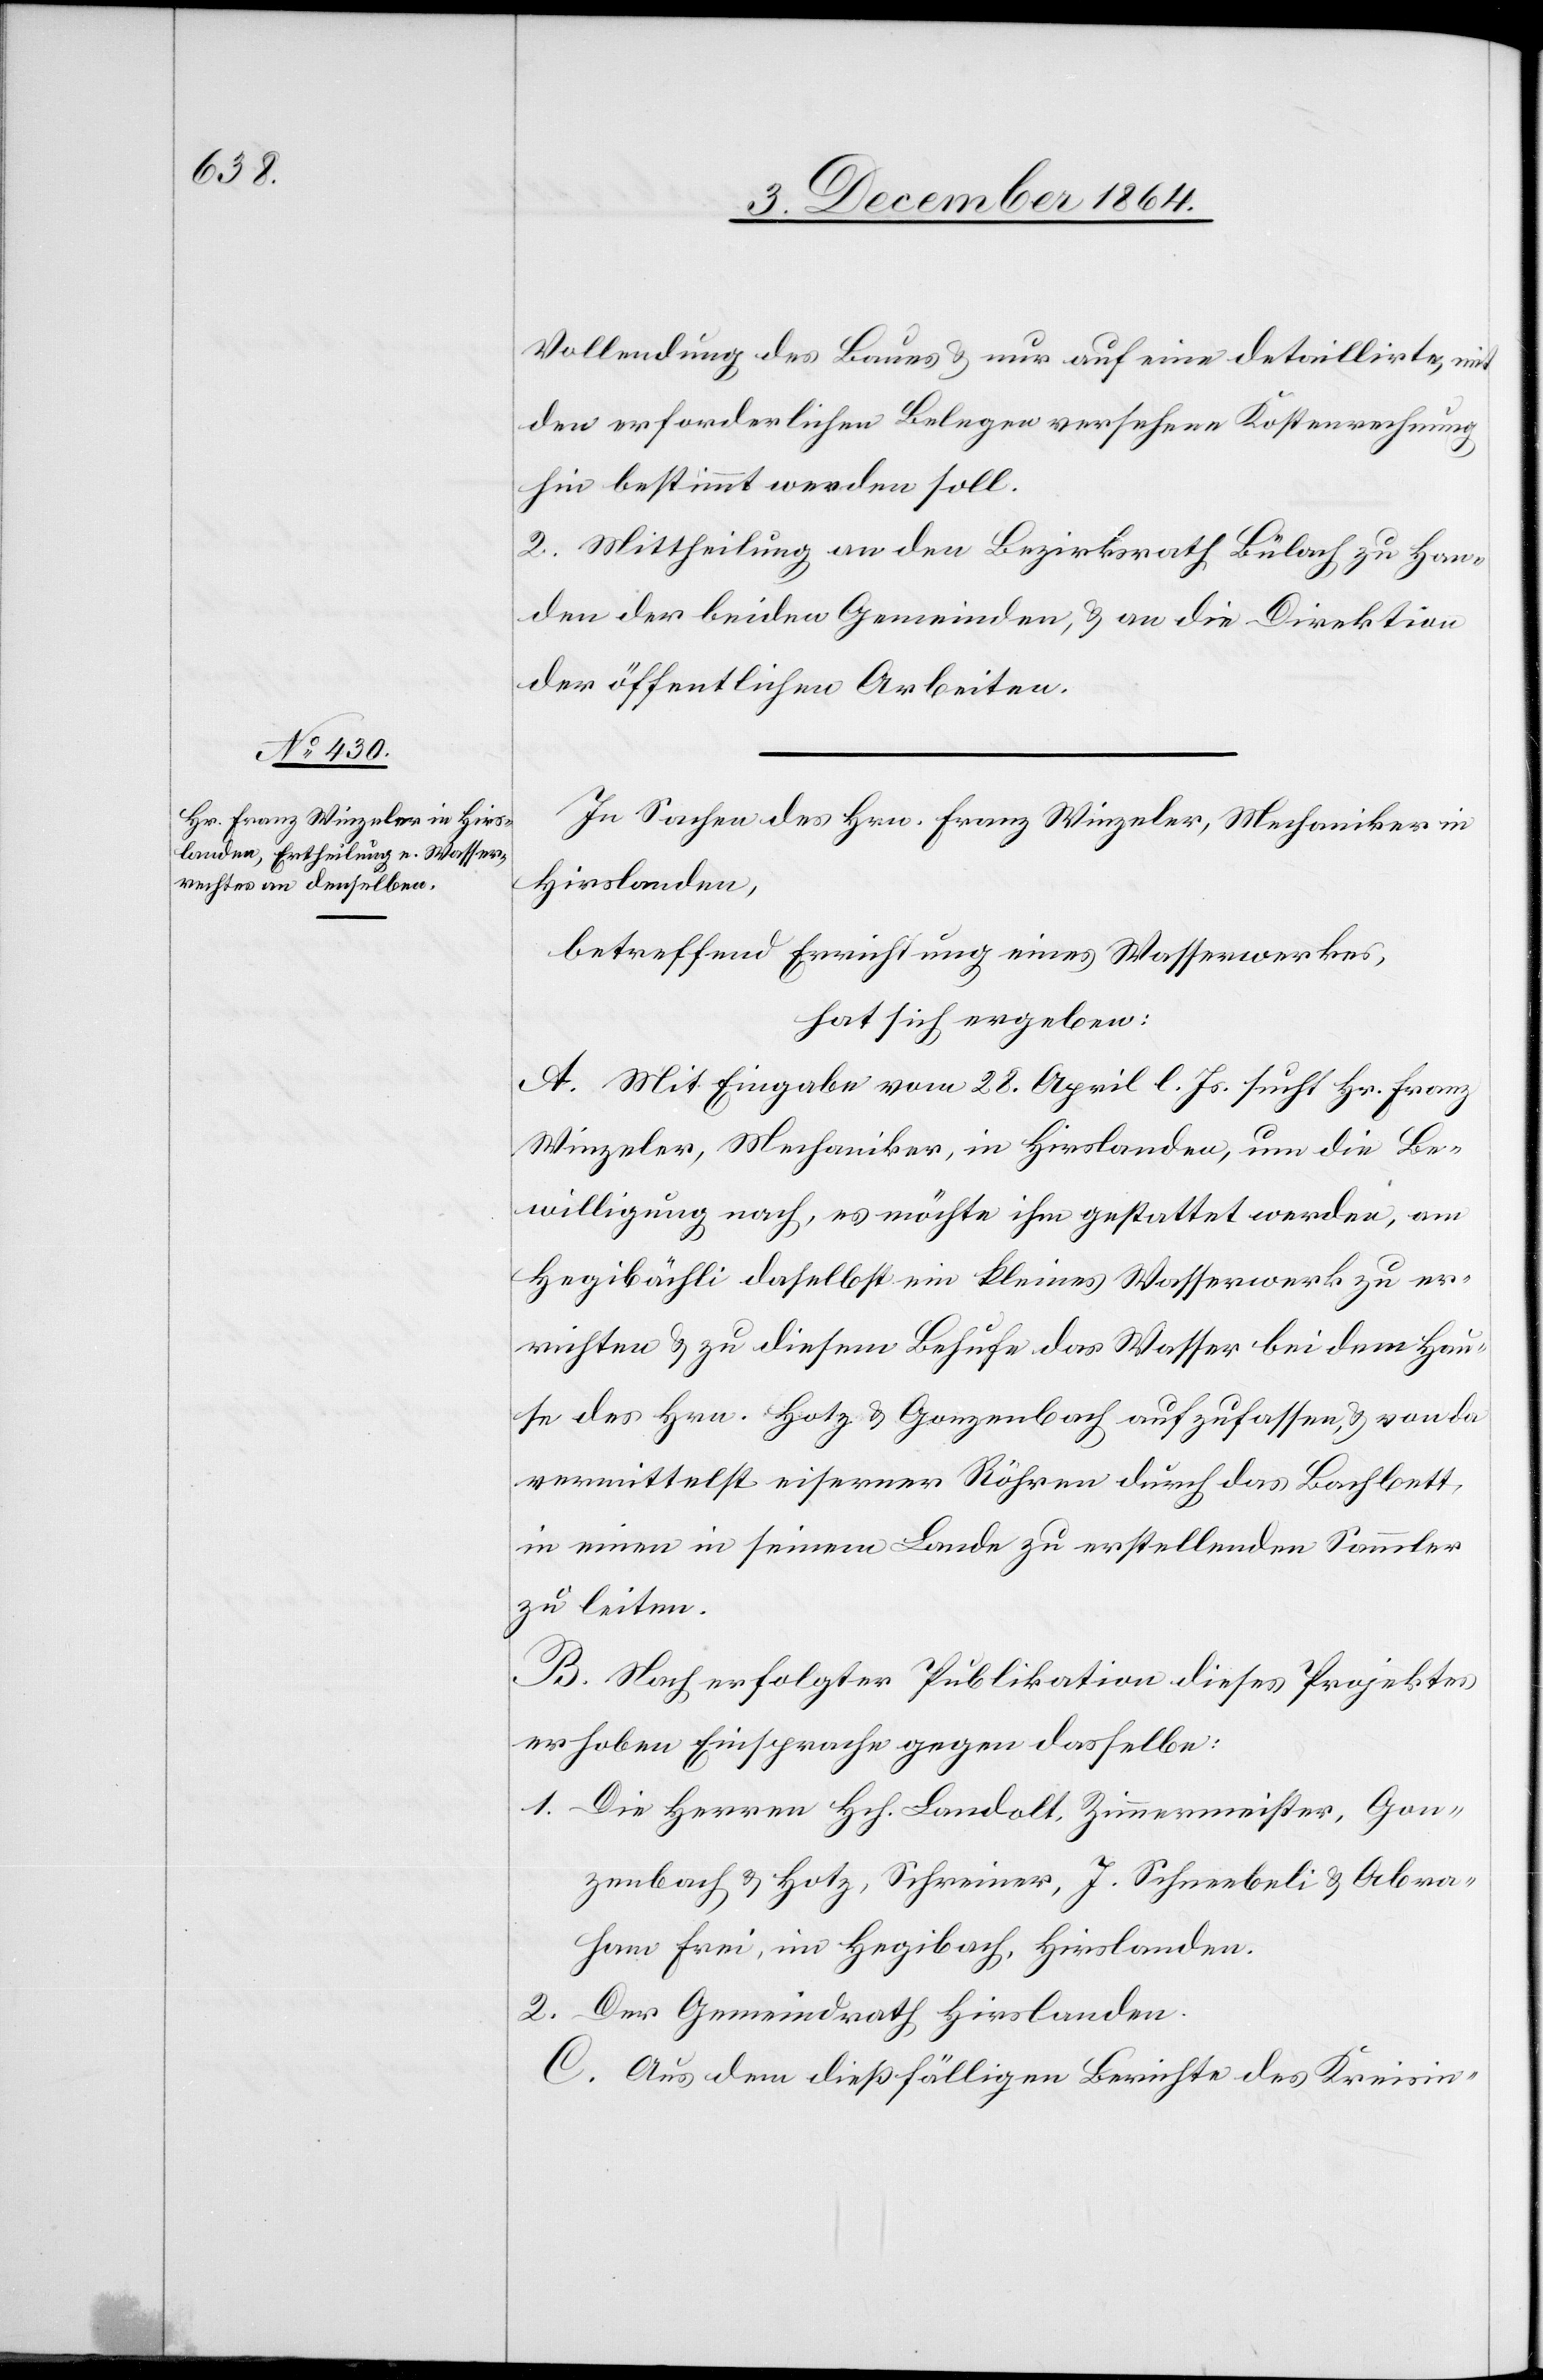
Vollendung des Baues & nur auf eine detaillirte, mit
den erforderlichen Belegen versehene Kostenrechnung
hin bestimmt werden soll.
2. Mittheilung an den Bezirksrath Bülach zu Han¬
den der beiden Gemeinden, & an die Direktion
der öffentlichen Arbeiten.
In Sachen des Hrn. Franz Winzeler, Mechaniker in
Hirslanden,
betreffend Errichtung eines Wasserwerkes,
hat sich ergeben:
A. Mit Eingabe vom 28. April l. Js. sucht Hr. Franz
Winzeler, Mechaniker, in Hirslanden, um die Be¬
willigung nach, es möchte ihm gestattet werden, am
Hegibächli daselbst ein kleines Wasserwerk zu er¬
richten & zu diesem Behufe das Wasser bei dem Hau¬
se des Hrn. Hotz & Gonzenbach aufzufassen, & von da
vermittelst eiserner Röhren durch das Bachbett
in einen in seinem Lande zu erstellenden Sammler
zu leiten.
B. Nach erfolgter Publikation dieses Projektes
erhoben Einsprache gegen dasselbe:
1. Die Herren Hch. Landolt, Zimmermeister, Gon¬
zenbach & Hotz, Schreiner, J. Schneebeli & Abra¬
ham Frei, im Hegibach, Hirslanden.
2. Der Gemeindrath Hirslanden.
C. Aus dem dießfälligen Berichte des Kreisin-